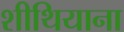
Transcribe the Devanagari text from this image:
शीथियाना